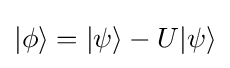
|\phi \rangle =|\psi \rangle -U|\psi \rangle